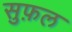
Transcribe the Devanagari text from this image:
सुफ़ल